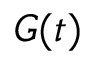
G ( t )